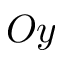
O y